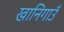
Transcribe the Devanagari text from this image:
खानिगाउँ